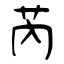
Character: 芮